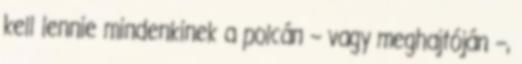
kell lennie mindenkinek a polcán – vagy meghajtóján –,